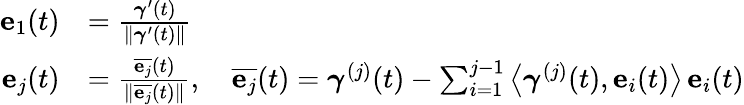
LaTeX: {\begin{array}{rl}{\mathbf{e}_{1}(t)}&{={\frac{{\boldsymbol{\gamma}}^{\prime}(t)}{\left\| {\boldsymbol{\gamma}}^{\prime}(t)\right\| }}}\\ {\mathbf{e}_{j}(t)}&{={\frac{{\overline{{\mathbf{e}_{j}}}}(t)}{\left\| {\overline{{\mathbf{e}_{j}}}}(t)\right\| }},\quad{\overline{{\mathbf{e}_{j}}}}(t)={\boldsymbol{\gamma}}^{(j)}(t)-\sum_{i=1}^{j-1}\left\langle{\boldsymbol{\gamma}}^{(j)}(t),\mathbf{e}_{i}(t)\right\rangle\, \mathbf{e}_{i}(t)}\end{array}}